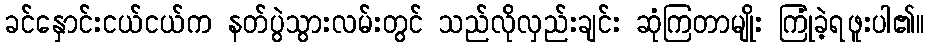
ခင်နှောင်းငယ်ငယ်က နတ်ပွဲသွားလမ်းတွင် သည်လိုလှည်းချင်း ဆုံကြတာမျိုး ကြုံခဲ့ရဖူးပါ၏။